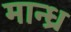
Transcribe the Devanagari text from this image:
मान्ध्र